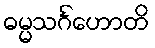
ဓမ္မသင်္ဂဟောတိ